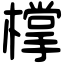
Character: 𣛟